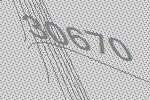
30670